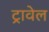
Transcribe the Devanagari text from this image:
ट्रावेल